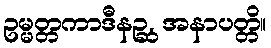
ဥမ္မတ္တကာဒီနဉ္ဆ, အနာပတ္တိ။